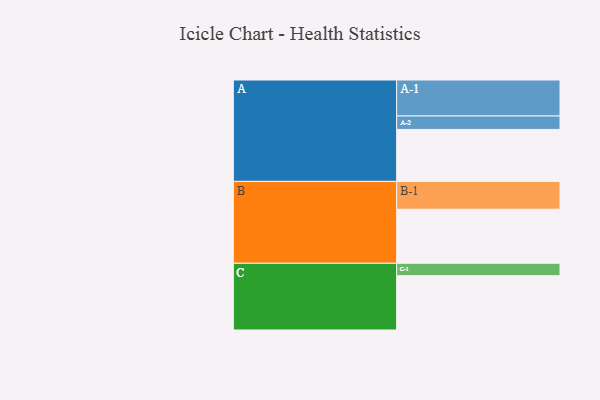
{"axis": {"x": "Segment", "y": "Value"}, "legend": ["", "A", "B", "C"], "data": [{"x": "A", "y": 394, "type": ""}, {"x": "B", "y": 410, "type": ""}, {"x": "C", "y": 412, "type": ""}, {"x": "A-1", "y": 273, "type": "A"}, {"x": "A-2", "y": 102, "type": "A"}, {"x": "B-1", "y": 211, "type": "B"}, {"x": "C-1", "y": 94, "type": "C"}]}